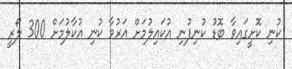
ކުނި ކޮށީގައިވާ ބޮޑު ކުނިފުނި އުކައިލުމަށް އަރުވާ ކުނި އުކާލުމަށް 300 ލޯރީ